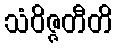
သံဝိဇ္ဇတီတိ